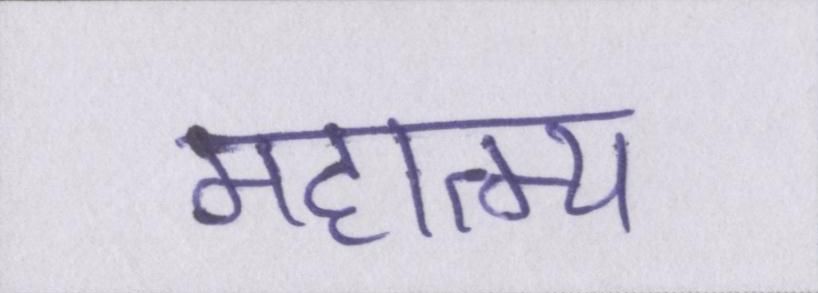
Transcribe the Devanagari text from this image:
महात्म्य